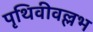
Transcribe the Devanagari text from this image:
पृथिवीवल्लभ